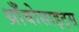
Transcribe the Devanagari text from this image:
थ्राँबोसाइट्स